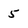
Character: 5